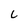
Character: L